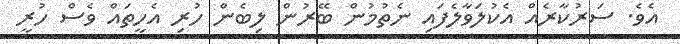
އެވެ. ސަރުކާރެއް އެކުލަވާލެފައި ނެތުމުން ބޭރުން ލިބެން ހުރި އެހީތައް ވެސް ހުރީ